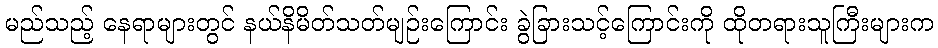
မည်သည့် နေရာများတွင် နယ်နိမိတ်သတ်မျဉ်းကြောင်း ခွဲခြားသင့်ကြောင်းကို ထိုတရားသူကြီးများက